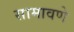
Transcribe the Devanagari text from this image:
सामावणे